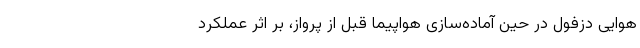
هوایی دزفول در حین آماده‌سازی هواپیما قبل از پرواز، بر اثر عملکرد